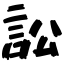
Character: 訟